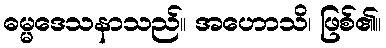
ဓမ္မဒေသနာသည်။ အဟောသိ၊ ဖြစ်၏။